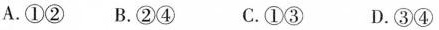
A.①②B.②④ C.①③ D.③④